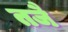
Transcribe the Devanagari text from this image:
तजै